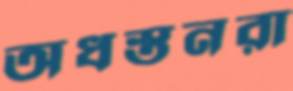
অধস্তনরা